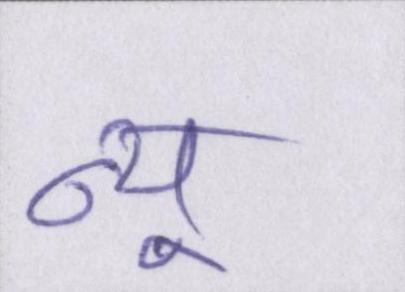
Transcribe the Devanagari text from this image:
न्यू